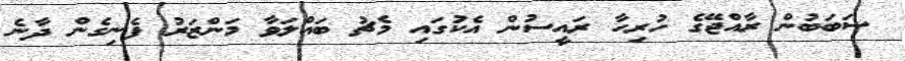
ސަބަބުން ރާއްޖޭގެ ހުރިހާ ރައީސުން އެކުގައި މެޗު ބައްލަވާ މަންޒަރު ފެނިގެން ދާނެ